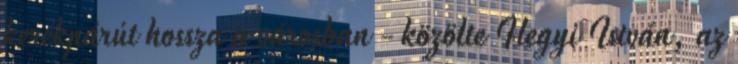
kerékpárút hossza a városban - közölte Hegyi István, az